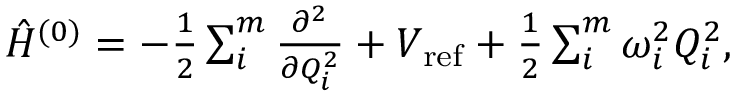
\begin{array} { r } { \hat { H } ^ { ( 0 ) } = - \frac { 1 } { 2 } \sum _ { i } ^ { m } \frac { \partial ^ { 2 } } { \partial Q _ { i } ^ { 2 } } + V _ { \mathrm { r e f } } + \frac { 1 } { 2 } \sum _ { i } ^ { m } \omega _ { i } ^ { 2 } Q _ { i } ^ { 2 } , } \end{array}